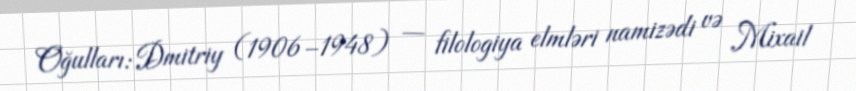
Oğulları: Dmitriy (1906–1948) — filologiya elmləri namizədi və Mixail